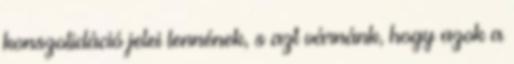
konszolidáció jelei lennének, s azt várnánk, hogy azok a